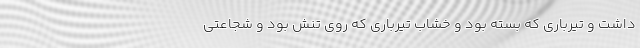
داشت و تیرباری که بسته بود و خشاب تیرباری که روی تنش بود و شجاعتی